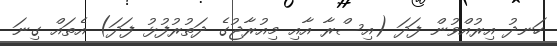
ހަނދު އިރުއްވުން ފަދަ (އިސްރާ އާއި މިއުރާޖުގެ ދަތުރުފުޅު ފަދަ) އެތައް ގިނަ